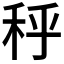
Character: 𰨣